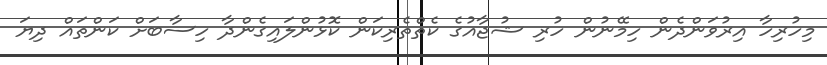
މިހުރިހާ އިރުވަންދެން ހިމޭނުން ހުރި ޝުޖާއުގެ ކެތްތެރިކަން ކޮޅުންލައިގެންދާ ހިސާބަށް ކަންތައް ދިޔަ